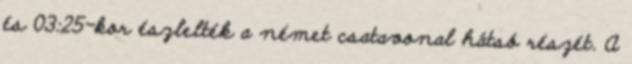
és 03:25-kor észlelték a német csatavonal hátsó részét. A